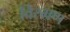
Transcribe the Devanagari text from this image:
विरमण